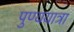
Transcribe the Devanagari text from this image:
पुण्ययात्रा